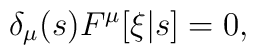
\delta_\mu(s) F^\mu[\xi|s] = 0,